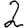
Digit: 2